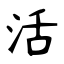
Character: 活